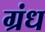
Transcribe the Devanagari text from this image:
ग्रंध